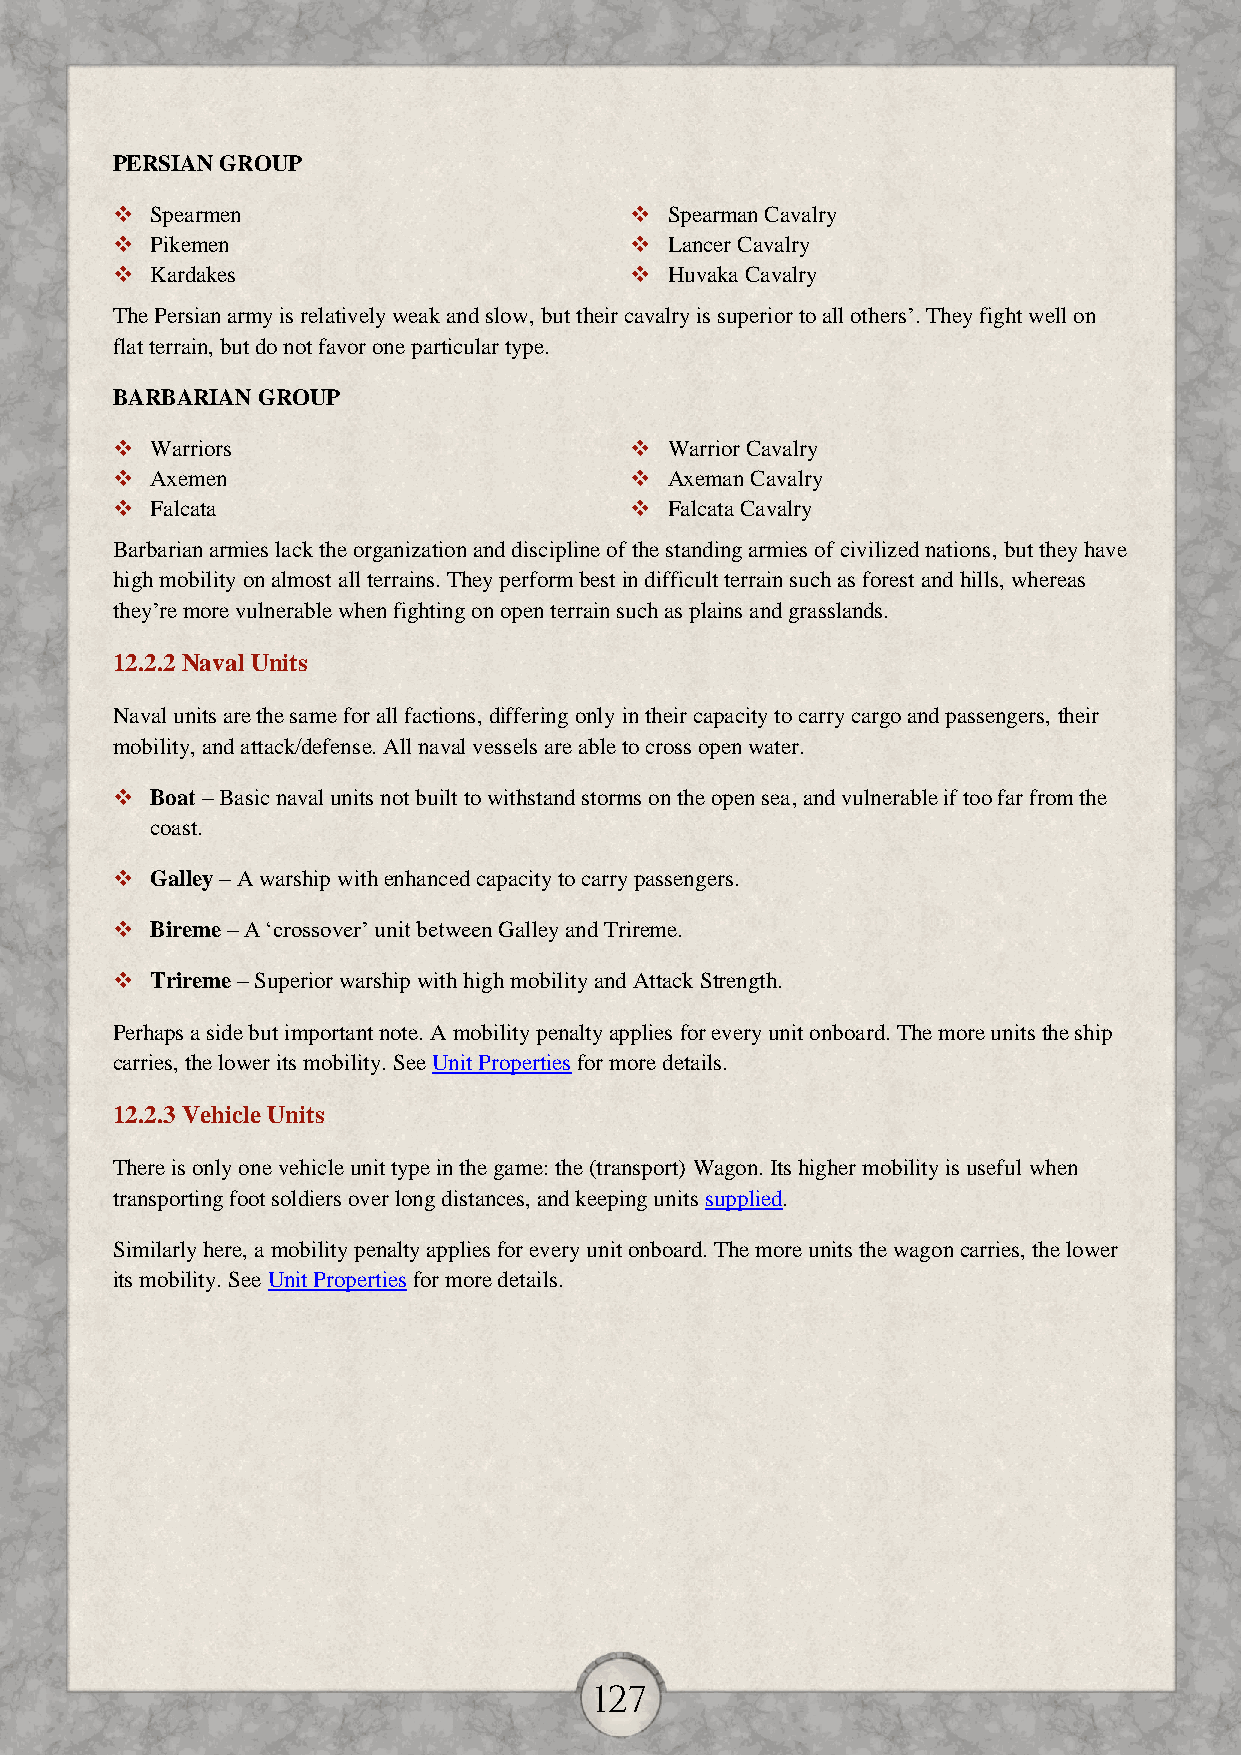
PERSIAN GROUP
   Spearmen                         Spearman Cavalry
   Pikemen                          Lancer Cavalry
   Kardakes                         Huvaka Cavalry
 The Persian army is relatively weak and slow, but their cavalry is superior to all others’. They fight well on
 flat terrain, but do not favor one particular type.
 BARBARIAN GROUP
   Warriors                         Warrior Cavalry
   Axemen                           Axeman Cavalry
   Falcata                          Falcata Cavalry
 Barbarian armies lack the organization and discipline of the standing armies of civilized nations, but they have
 high mobility on almost all terrains. They perform best in difficult terrain such as forest and hills, whereas
 they’re more vulnerable when fighting on open terrain such as plains and grasslands.
 12.2.2 Naval Units
 Naval units are the same for all factions, differing only in their capacity to carry cargo and passengers, their
 mobility, and attack/defense. All naval vessels are able to cross open water.
   Boat – Basic naval units not built to withstand storms on the open sea, and vulnerable if too far from the
 coast.
   Galley – A warship with enhanced capacity to carry passengers.
   Bireme – A ‘crossover’ unit between Galley and Trireme.
   Trireme – Superior warship with high mobility and Attack Strength.
 Perhaps a side but important note. A mobility penalty applies for every unit onboard. The more units the ship
 carries, the lower its mobility. See Unit Properties for more details.
 12.2.3 Vehicle Units
 There is only one vehicle unit type in the game: the (transport) Wagon. Its higher mobility is useful when
 transporting foot soldiers over long distances, and keeping units supplied.
 Similarly here, a mobility penalty applies for every unit onboard. The more units the wagon carries, the lower
 its mobility. See Unit Properties for more details.
 127